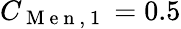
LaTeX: C_{\mathrm{~M~e~n~,~1~}}=0.5